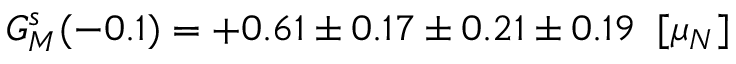
G _ { M } ^ { s } ( - 0 . 1 ) = + 0 . 6 1 \pm 0 . 1 7 \pm 0 . 2 1 \pm 0 . 1 9 \; \; [ \mu _ { N } ]